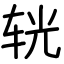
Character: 𨐈